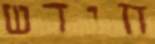
חידש